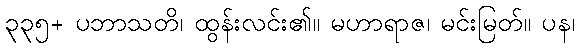
၃၃၅+ ပဘာသတိ၊ ထွန်းလင်း၏။ မဟာရာဇ၊ မင်းမြတ်။ ပန၊